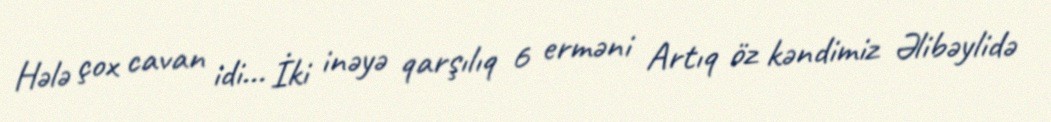
Hələ çox cavan idi... İki inəyə qarşılıq 6 erməni Artıq öz kəndimiz Əlibəylidə